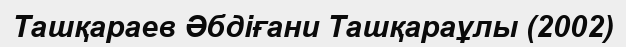
Ташқараев Әбдіғани Ташқараұлы (2002)